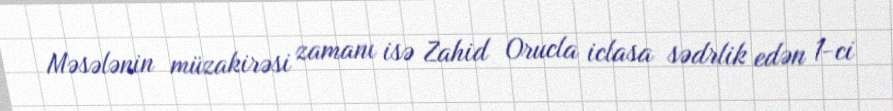
Məsələnin müzakirəsi zamanı isə Zahid Orucla iclasa sədrlik edən 1-ci